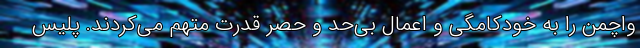
واچمن را به خودکامگی و اعمال بی‌حد و حصر قدرت متهم می‌کردند. پلیس